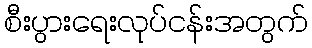
စီးပွားရေးလုပ်ငန်းအတွက်